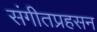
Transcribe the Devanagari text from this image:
संगीतप्रहसन